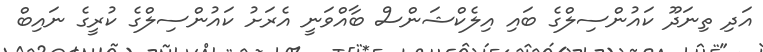
އަދި ތިނަދޫ ކައުންސިލްގެ ބައި އިލެކްޝަންސް ބާއްވަނީ އެރަށު ކައުންސިލްގެ ކުރީގެ ނައިބް